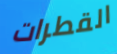
القطرات